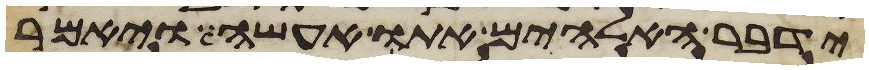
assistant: ידבר האלהים אתו אעשה ויאמר